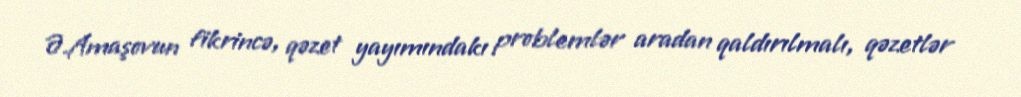
Ə.Amaşovun fikrincə, qəzet yayımındakı problemlər aradan qaldırılmalı, qəzetlər